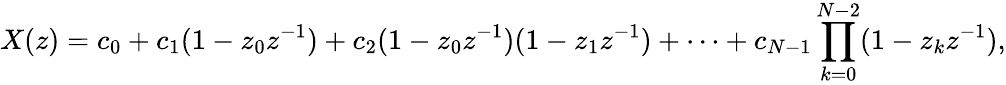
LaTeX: X(z)=c_{0}+c_{1}(1-z_{0}z^{-1})+c_{2}(1-z_{0}z^{-1})(1-z_{1}z^{-1})+\cdots+c_{N-1}\prod_{k=0}^{N-2}(1-z_{k}z^{-1}),